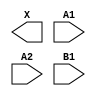
module sky130_fd_sc_hd__o21a (
    X ,
    A1,
    A2,
    B1
);

    output X ;
    input  A1;
    input  A2;
    input  B1;

    // Voltage supply signals
    supply1 VPWR;
    supply0 VGND;
    supply1 VPB ;
    supply0 VNB ;

endmodule